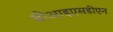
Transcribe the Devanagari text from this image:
बीआइएसडीएन